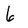
Character: 6